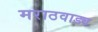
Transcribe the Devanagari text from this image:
मराठवाड्य